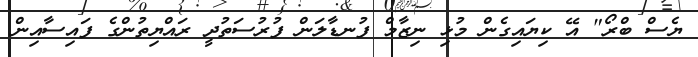
ޔެސް ބްރޯ" އޭ ކިޔައިގެން މުޅި ނިޒާމް ފުނޑާލަން ފުރުސަތުދީ ރައްޔިތުންގެ ފައިސާއިން